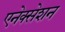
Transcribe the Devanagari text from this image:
एनेक्सेशन